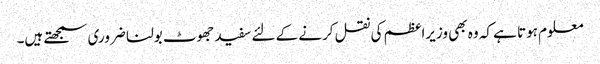
معلوم ہوتا ہے کہ وہ بھی وزیراعظم کی نقل کرنے کے لئے سفید جھوٹ بولنا ضروری سمجھتے ہیں۔